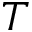
T